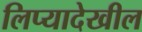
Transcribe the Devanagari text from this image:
लिप्यादेखील